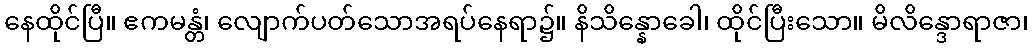
နေထိုင်ပြီ။ ဧကမန္တံ၊ လျောက်ပတ်သောအရပ်နေရာ၌။ နိသိန္နောခေါ၊ ထိုင်ပြီးသော။ မိလိန္ဒောရာဇာ၊